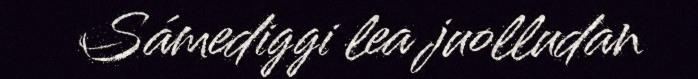
Sámediggi lea juolludan